Vabadussoja_Ajaloo_Komitee, lk 121
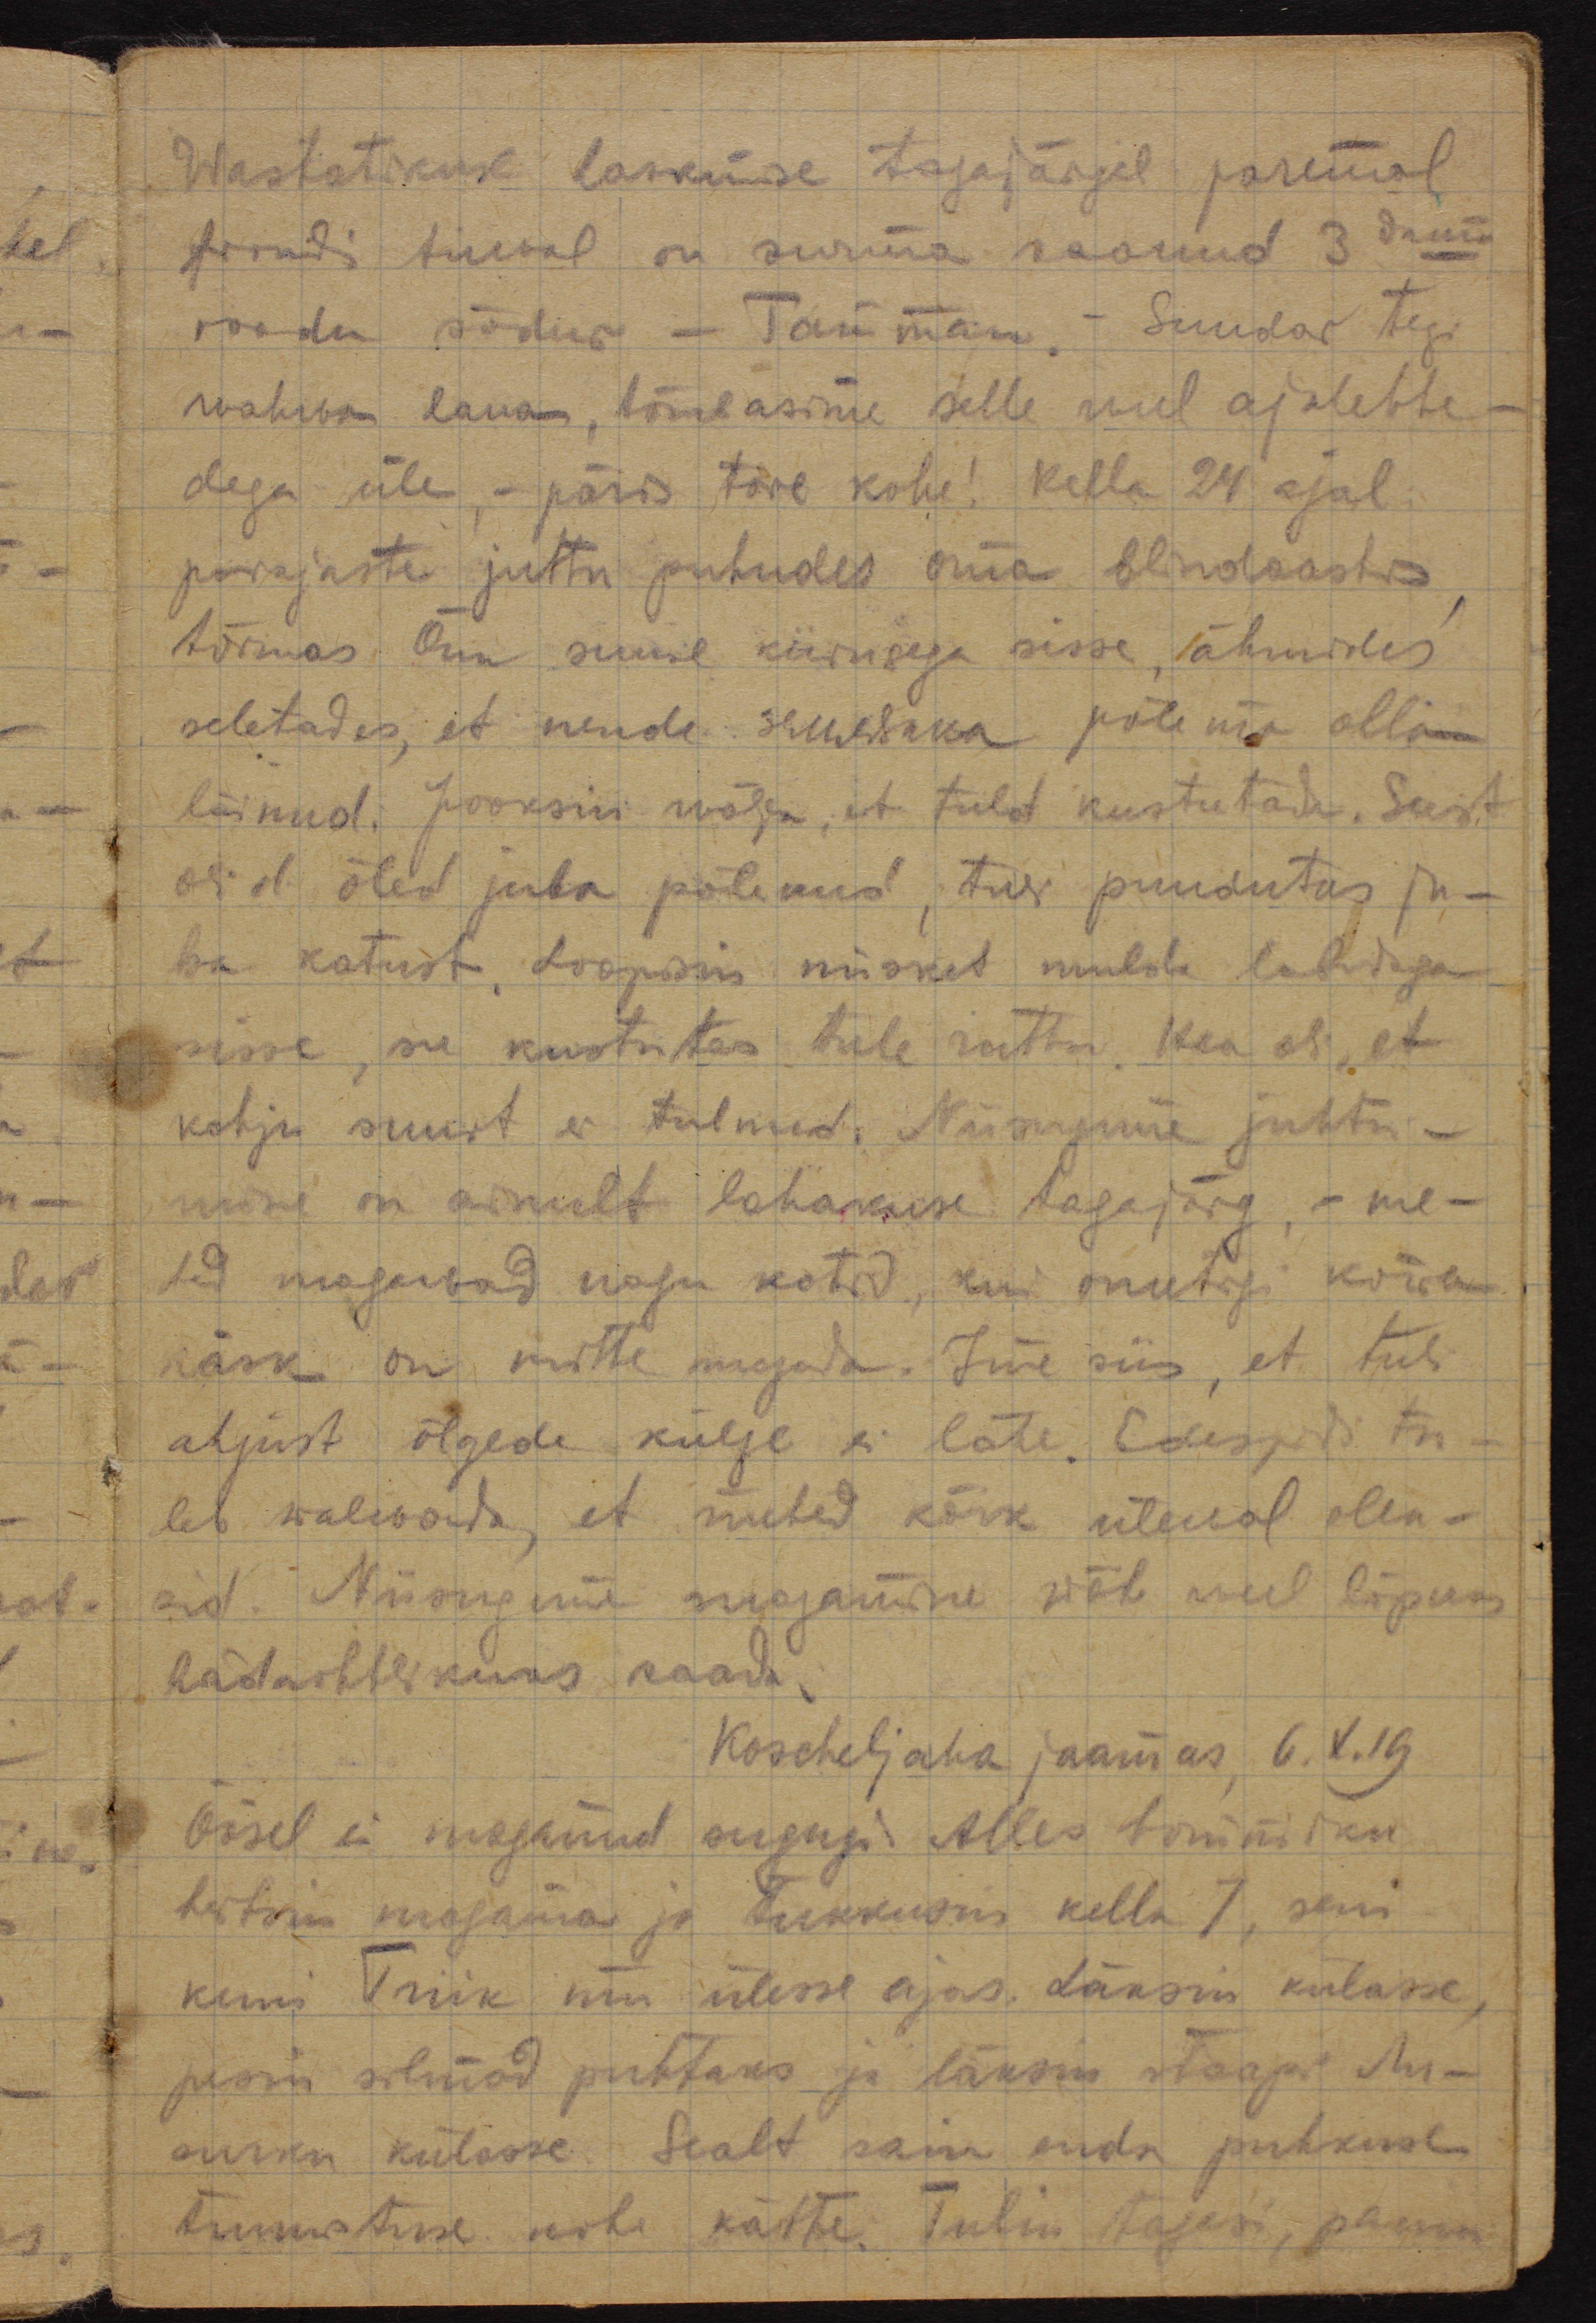
Wastastikuse laskmise tagajärjel paremal
frondi liinil on surma saanud 3 
roodu sõdur - Tamman. Suudar tegi
wahwa laua, tõmbasime selle weel ajalehte-
dega üle, - päris tore kohe! Kella 24 ajal
parajasti juttu puhudes oma blindaashis
tormas Õun suure kiirusega sisse, ähmides
seletades, et nende землянка põlema olla
läinud. Jooksin wälja, et tuld kustutada. Seest
olid õled juba põlenud, tuli puudutas ju-
ba katust. Loopisin miskit mulda labidaga
sisse, see kustutas tule ruttu. Hea oli, et
kahju suurt ei tulnud. Niisugune juhtu-
mine on ainult lohakuse tagajärg - me-
19 magavad nagu kotid, kui ometigi kõwa
käsk on mitte magada. Ime siis, et tuli
ahjust õlgede külge ei lähe. Edaspidi tul-
leb walwata, et süted kõik ülewal olek-
sid. Niisugune magamine wõib weel lõpuks
hädaohtlikuks saada.
Koscheljaka jaamas, 6.X.19.
Öösel ei maganud sugugi. Alles hommiku
heitsin magama ja tukkusin kella 7, seni
kuni Triik mu ülesse ajas. Läksin külasse, 
pesin silmad puhtaks ja läksin staapi Ли-
сички külasse. Sealt sain enda puhkuse
tunnistuse kohe kätte. Tulin tagasi, panin